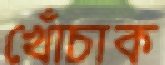
খোঁচাক